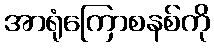
အာရုံကြောစနစ်ကို